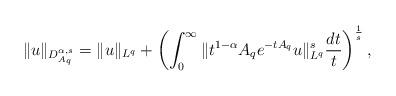
LaTeX: \begin{align*}\|u\|_{D_{A_{q}}^{\alpha,s}}=\|u\|_{L^{q}}+\left(\int_{0}^{\infty}\|t^{1-\alpha}A_{q}e^{-tA_{q}}u\|_{L^{q}}^{s}\frac{dt}{t}\right)^{\frac{1}{s}},\end{align*}